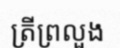
ត្រីព្រលួង